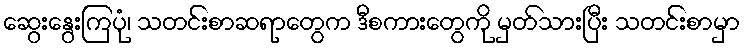
ဆွေးနွေးကြပုံ၊ သတင်းစာဆရာတွေက ဒီစကားတွေကို မှတ်သားပြီး သတင်းစာမှာ